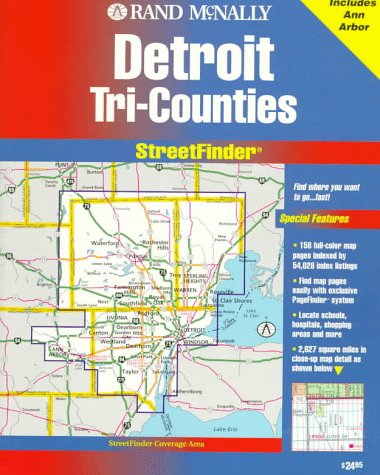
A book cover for Rand McNally Streetfinder Detroit Tri-Counties, MI; Rand McNally; Travel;